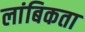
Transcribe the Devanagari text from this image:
लांबिकता